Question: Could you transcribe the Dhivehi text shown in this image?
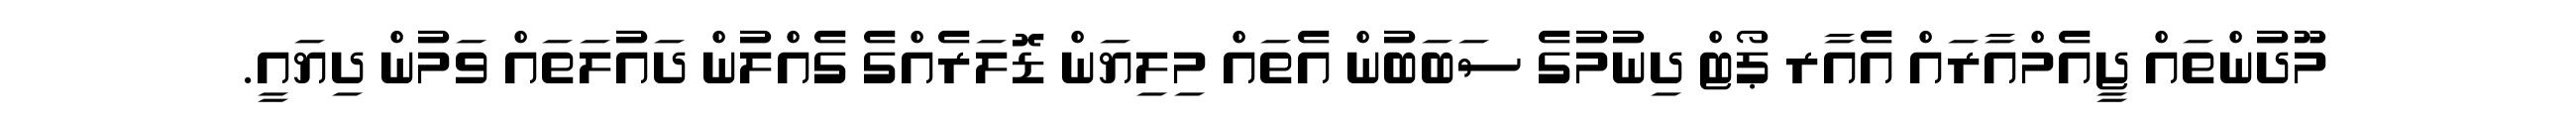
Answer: މޫދުންތައް ޖީއެމްއާރައް އެއާރ ޕޯޓް ދިނުމުގެ ސަބަބުން އެތައް މިލިޔަން ޑޮލަރެއްގެ ގެއްލުން ދައުލަތައް ވަމުން ދިޔައީ.